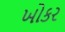
ખોકર